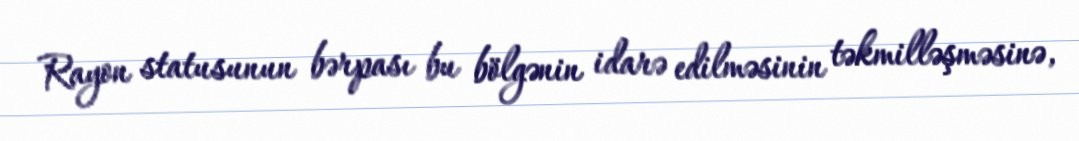
Rayon statusunun bərpası bu bölgənin idarə edilməsinin təkmilləşməsinə,